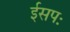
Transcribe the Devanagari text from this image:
ईसपः